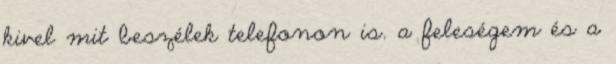
kivel mit beszélek telefonon is. a feleségem és a